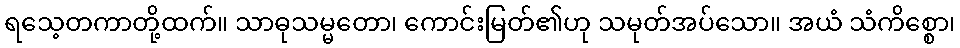
ရသေ့တကာတို့ထက်။ သာဓုသမ္မတော၊ ကောင်းမြတ်၏ဟု သမုတ်အပ်သော။ အယံ သံကိစ္စော၊